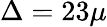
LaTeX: \Delta=23\mu